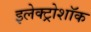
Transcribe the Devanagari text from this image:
इलेक्ट्रोशॉक